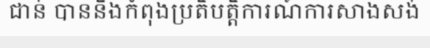
ជាន់ បាននឹងកំពុងប្រតិបត្តិការណ៍ការសាងសង់